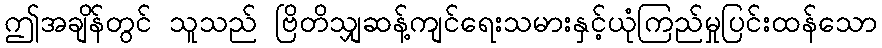
ဤအချိန်တွင် သူသည် ဗြိတိသျှဆန့်ကျင်ရေးသမားနှင့်ယုံကြည်မှုပြင်းထန်သော